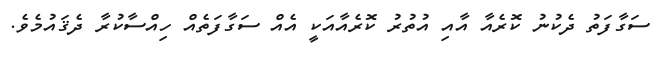
ސަގާފަތު ދެކުނު ކޮރެއާ އާއި އުތުރު ކޮރެއާއަކީ އެއް ސަގާފަތެއް ހިއްސާކުރާ ދެޤައުމެވެ.